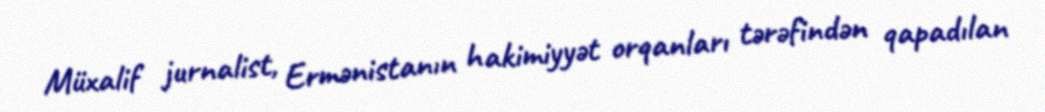
Müxalif jurnalist, Ermənistanın hakimiyyət orqanları tərəfindən qapadılan